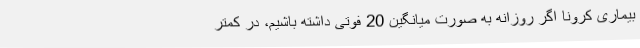
بیماری کرونا اگر روزانه به صورت میانگین 20 فوتی داشته باشیم، در کمتر